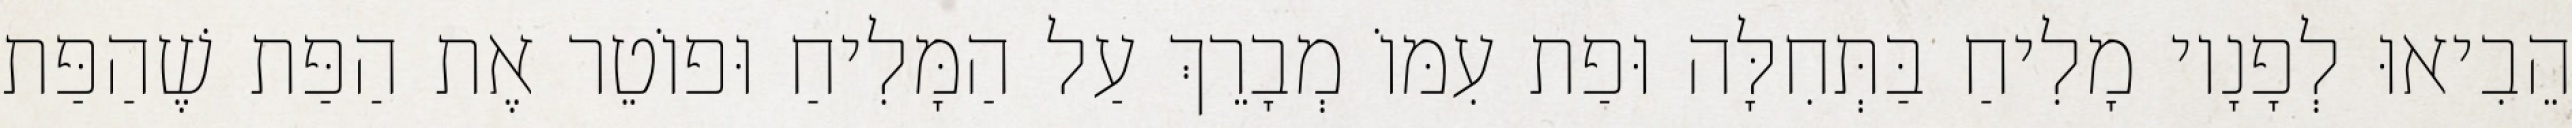
הֵבִיאוּ לְפָנָיו מָלִיחַ בַּתְּחִלָּה וּפַת עִמּוֹ מְבָרֵךְ עַל הַמָּלִיחַ וּפוֹטֵר אֶת הַפַּת שֶׁהַפַּת